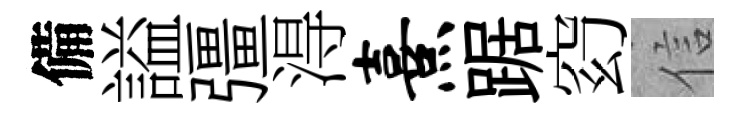
備謚彊淂熹踞𥥆信